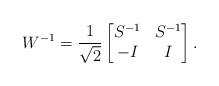
LaTeX: \begin{align*}W^{-1}=\frac{1}{\sqrt{2}}\begin{bmatrix}S^{-1} & S^{-1} \\-I & I\end{bmatrix}.\end{align*}